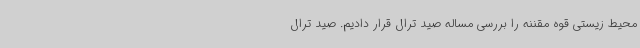
محیط زیستی قوه مقننه را بررسی مساله صید ترال قرار دادیم. صید ترال